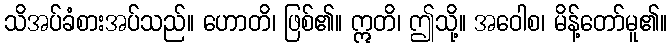
သိအပ်ခံစားအပ်သည်။ ဟောတိ၊ ဖြစ်၏။ ဣတိ၊ ဤသို့။ အဝေါစ၊ မိန့်တော်မူ၏။